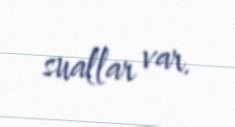
suallar var.